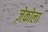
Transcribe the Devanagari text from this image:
ज़ेकोला